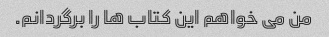
من می خواهم این کتاب ها را برگردانم.